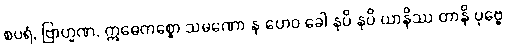
စပရံ, ဗြာဟ္မဏ, ဣဓေကစ္စော သမဏော န ဟေဝ ခေါ နပိ နပိ ယာနိဿ တာနိ ပုဗ္ဗေ